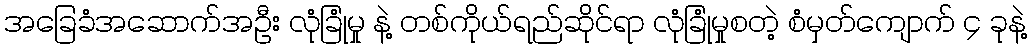
အခြေခံအဆောက်အဦး လုံခြုံမှု နဲ့ တစ်ကိုယ်ရည်ဆိုင်ရာ လုံခြုံမှုစတဲ့ စံမှတ်ကျောက် ၄ ခုနဲ့